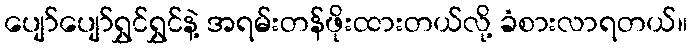
ပျော်ပျော်ရွှင်ရွှင်နဲ့ အရမ်းတန်ဖိုးထားတယ်လို့ ခံစားလာရတယ်။